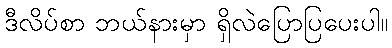
ဒီလိပ်စာ ဘယ်နားမှာ ရှိလဲပြောပြပေးပါ။